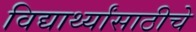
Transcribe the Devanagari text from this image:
विद्यार्थ्यांसाठीचे